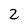
Character: 2